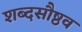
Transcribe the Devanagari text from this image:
शब्दसौष्ठव